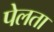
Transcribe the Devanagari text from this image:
पेलता